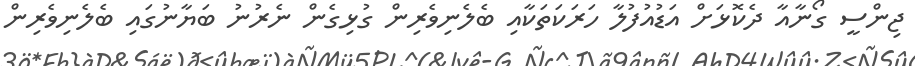
ޖިންސީ ގޯނާއާ ދެކޮޅަށް އަޑުއުފުލާ ހަރަކަތަކާއި ބެލެނިވެރިން ގުޅިގެން ނެރުނު ބަޔާނުގައި ބެލެނިވެރިން